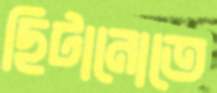
ছিটানোতে